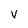
Character: v